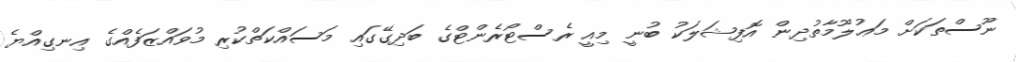
ނޫސްތަކަށް މަޢުލޫމާތުދިން އޮފިޝަލަކު ބުނީ މިއީ ރެސްޓޯރެންޓްގެ ބަދިގޭގައި މަސައްކަތްކުރި މުވައްޒަފެއްގެ އިނގިއްޔެ